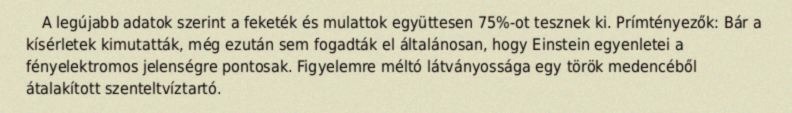
A legújabb adatok szerint a feketék és mulattok együttesen 75%-ot tesznek ki. Prímtényezők: Bár a kísérletek kimutatták, még ezután sem fogadták el általánosan, hogy Einstein egyenletei a fényelektromos jelenségre pontosak. Figyelemre méltó látványossága egy török medencéből átalakított szenteltvíztartó.